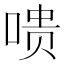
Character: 𪡞